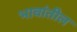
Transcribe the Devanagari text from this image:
भावांतील